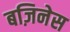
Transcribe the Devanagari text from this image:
बज़िनेस